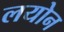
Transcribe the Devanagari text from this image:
लयोन